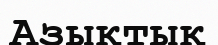
Азықтық